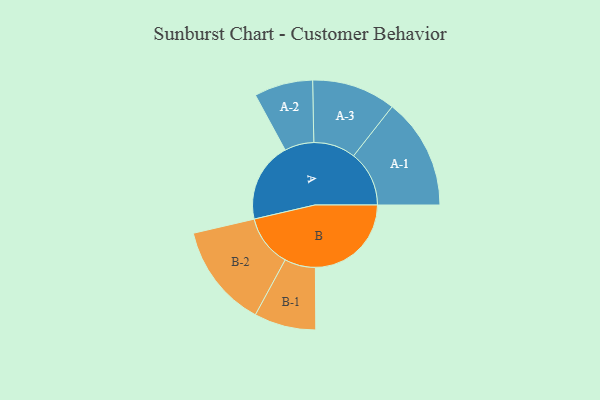
{"axis": {"x": "Segment", "y": "Value"}, "legend": ["", "A", "B"], "data": [{"x": "A", "y": 411, "type": ""}, {"x": "B", "y": 494, "type": ""}, {"x": "A-1", "y": 286, "type": "A"}, {"x": "A-2", "y": 151, "type": "A"}, {"x": "A-3", "y": 216, "type": "A"}, {"x": "B-1", "y": 159, "type": "B"}, {"x": "B-2", "y": 267, "type": "B"}]}